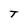
Character: T